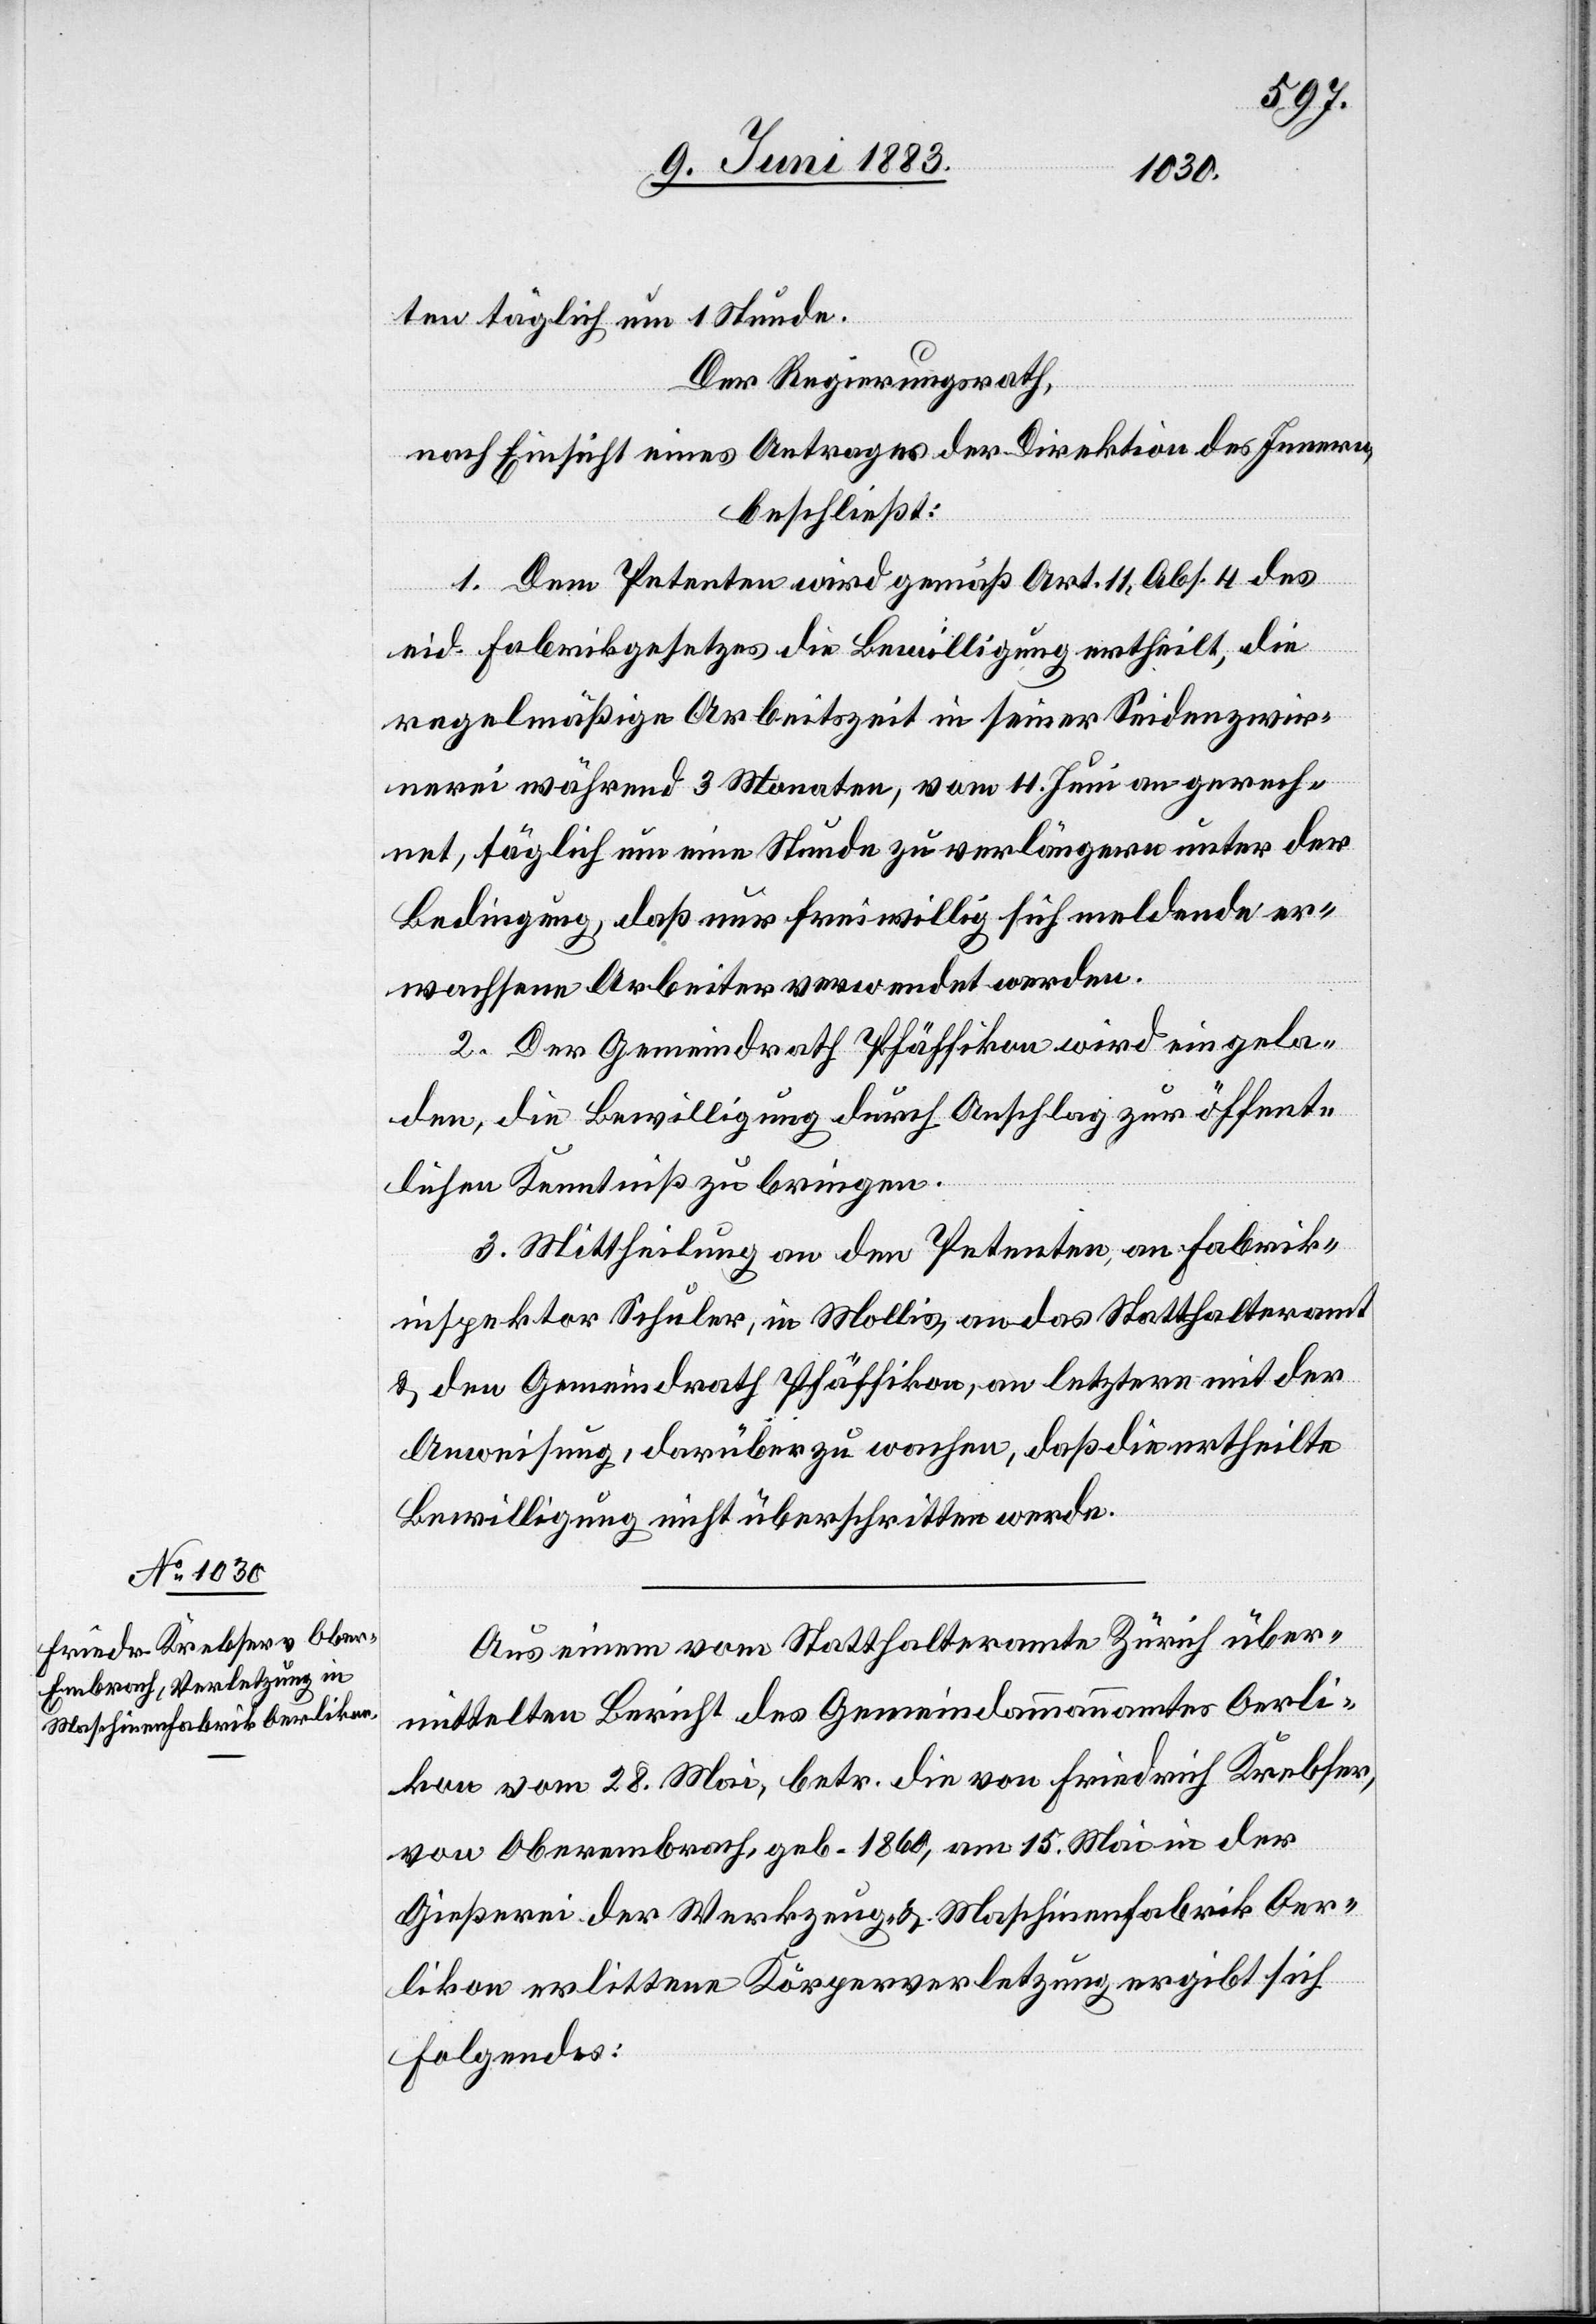
ten täglich um 1 Stunde.
Der Regierungsrath,
nach Einsicht eines Antrages der Direktion des Innern,
beschließt:
1. Dem Petenten wird gemäß Art. 11, Abs. 4 des
eid. Fabrikgesetzes die Bewilligung ertheilt, die
regelmäßige Arbeitszeit in seiner Seidenzwir¬
nerei während 3 Monaten, vom 11. Juni an gerech¬
net, täglich um eine Stunde zu verlängern unter der
Bedingung, daß nur freiwillig sich meldende er¬
wachsene Arbeiter verwendet werden.
2. Der Gemeindrath Pfäffikon wird eingela¬
den, die Bewilligung durch Anschlag zur öffent¬
lichen Kenntniß zu bringen.
3. Mittheilung an den Petenten, an Fabrik¬
inspektor Schuler, in Mollis, an das Statthalteramt
& den Gemeindrath Pfäffikon, an letztere mit der
Anweisung, darüber zu wachen, daß die ertheilte
Bewilligung nicht überschritten werde.
Aus einem vom Statthalteramte Zürich über¬
mittelten Bericht des Gemeindammannamtes Oerli¬
kon vom 28. Mai, betr. die von Friedrich Krebser,
von Oberembrach, geb. 1860, am 15. Mai in der
Gießerei der Werkzeug- & Maschinenfabrik Oer¬
likon erlittene Körperverletzung ergibt sich
folgendes: